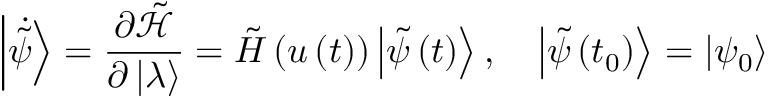
{ \left| \dot { \tilde { \psi } } \right\rangle } = \frac { \partial \tilde { \mathcal { H } } } { \partial \left| \lambda \right\rangle } = \tilde { H } \left( u \left( t \right) \right) \left| \tilde { \psi } \left( t \right) \right\rangle , \quad \left| \Tilde { \psi } \left( { { t } _ { 0 } } \right) \right\rangle = \left| { { \psi } _ { 0 } } \right\rangle